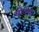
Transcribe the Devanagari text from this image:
योदधा